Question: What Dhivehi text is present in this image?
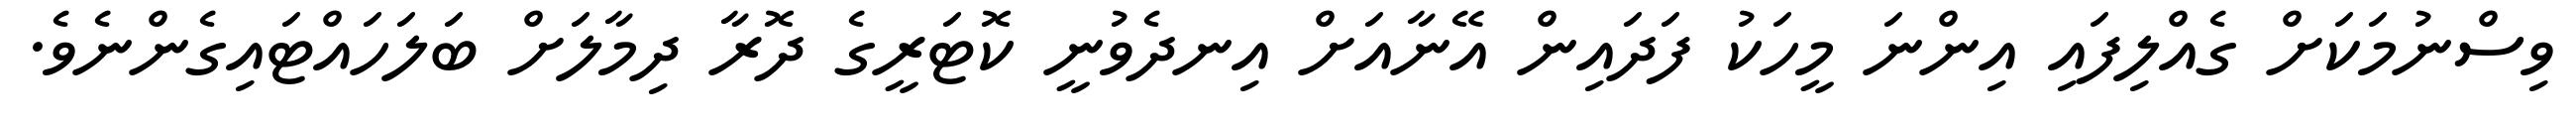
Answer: ވިސްނުމަކަށް ގެއްލިފައި އިންނަ މީހަކު ފަދައިން އޭނާއަށް އިނދެވުނީ ކޮޓަރީގެ ދޮރާ ދިމާލަށް ބަލަހައްޓައިގެންނެވެ.